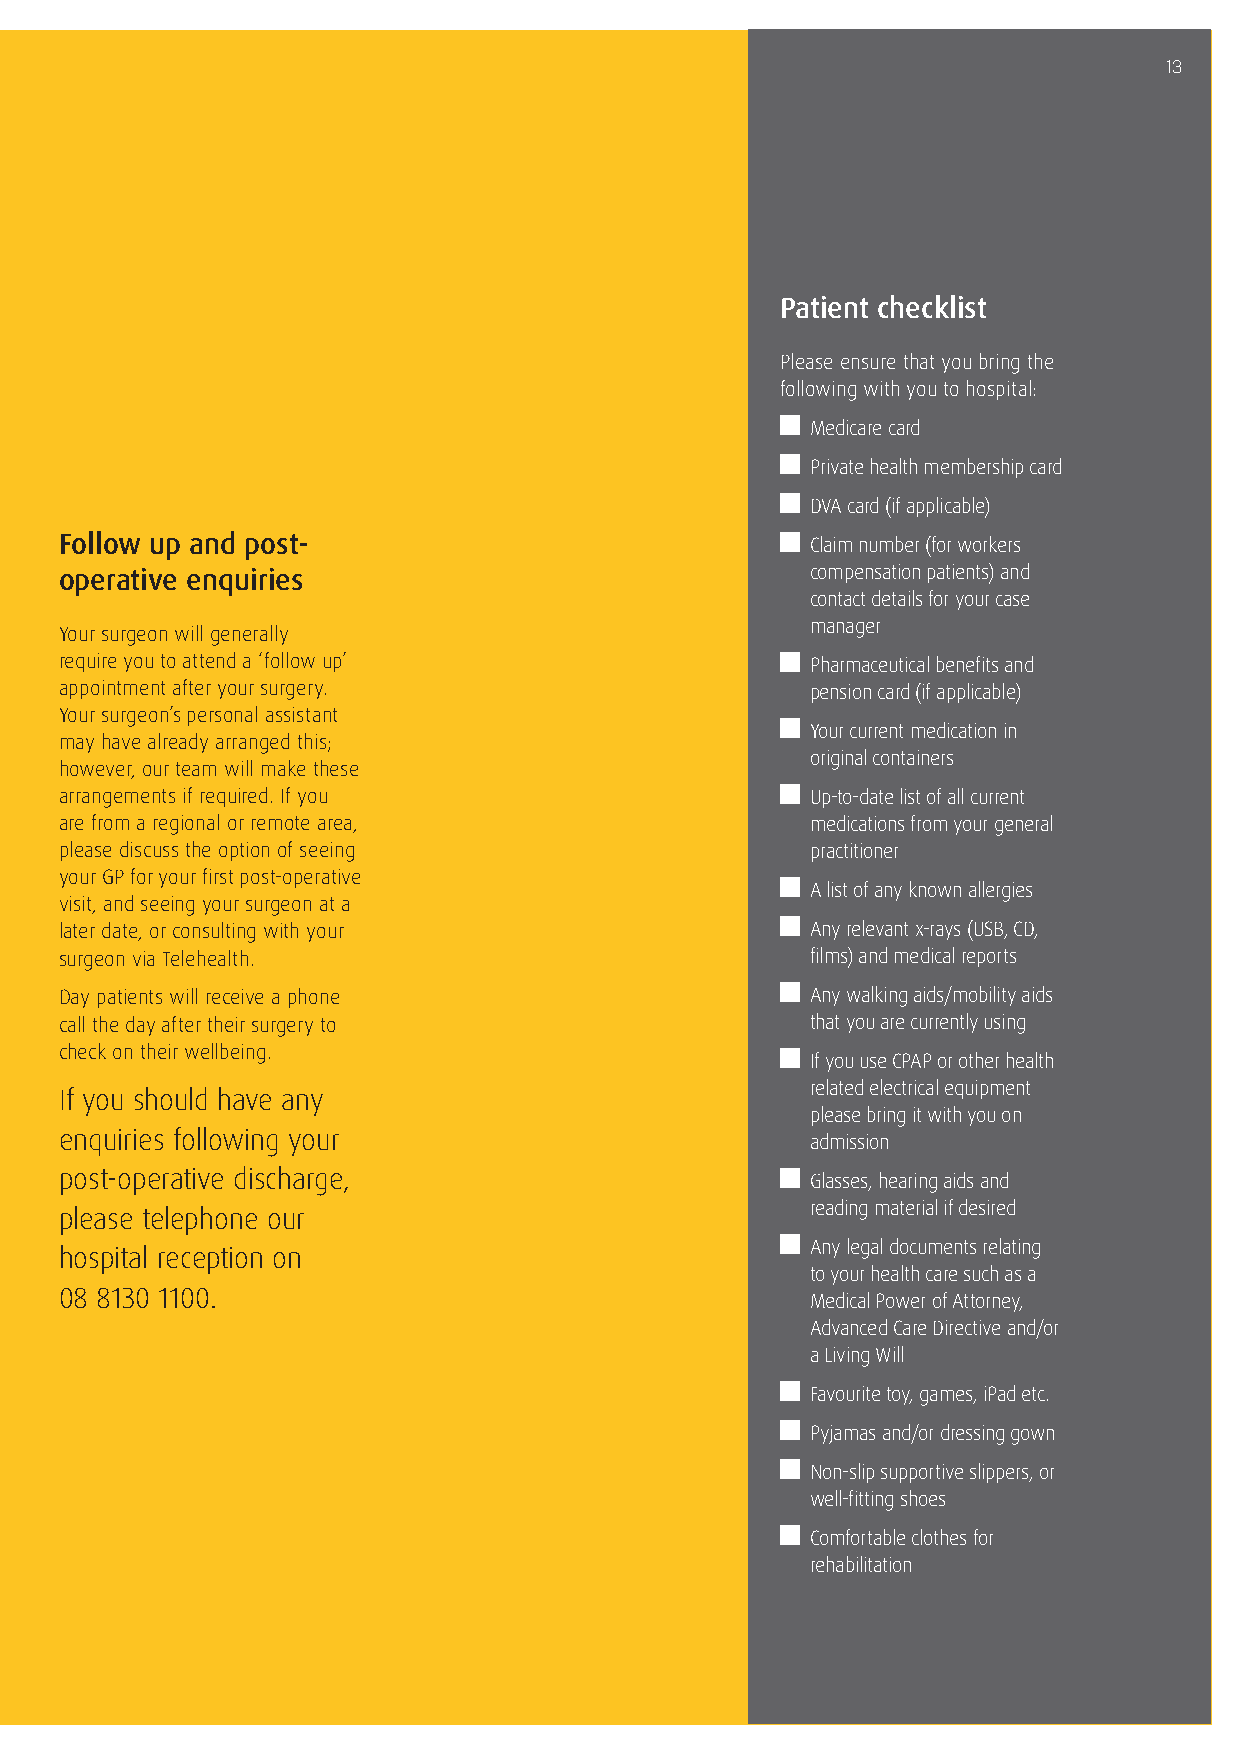
13
 Patient checklist
 Please ensure that you bring the
 following with you to hospital:
 Medicare card
 Private health membership card
 DVA card (if applicable)
 Follow up and post-                               Claim number (for workers
 operative enquiries                               compensation patients) and
 contact details for your case
 manager
 Your surgeon will generally
 require you to attend a ‘follow up’               Pharmaceutical benefits and
 appointment after your surgery.                   pension card (if applicable)
 Your surgeon’s personal assistant
 Your current medication in
 may have already arranged this;
 original containers
 however, our team will make these
 arrangements if required. If you                  Up-to-date list of all current
 are from a regional or remote area,               medications from your general
 please discuss the option of seeing               practitioner
 your GP for your first post-operative
 A list of any known allergies
 visit, and seeing your surgeon at a
 later date, or consulting with your               Any relevant x-rays (USB, CD,
 surgeon via Telehealth.                           films) and medical reports
 Day patients will receive a phone                 Any walking aids/mobility aids
 call the day after their surgery to               that you are currently using
 check on their wellbeing.
 If you use CPAP or other health
 related electrical equipment
 If you should have any
 please bring it with you on
 enquiries following your                          admission
 post-operative discharge,                         Glasses, hearing aids and
 reading material if desired
 please telephone our
 Any legal documents relating
 hospital reception on
 to your health care such as a
 08 8130 1100.                                     Medical Power of Attorney,
 Advanced Care Directive and/or
 a Living Will
 Favourite toy, games, iPad etc.
 Pyjamas and/or dressing gown
 Non-slip supportive slippers, or
 well-fitting shoes
 Comfortable clothes for
 rehabilitation